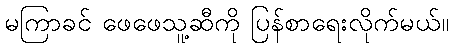
မကြာခင် ဖေဖေသူ့ဆီကို ပြန်စာရေးလိုက်မယ်။